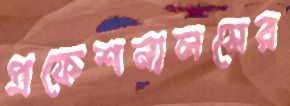
প্রফেশনালসের